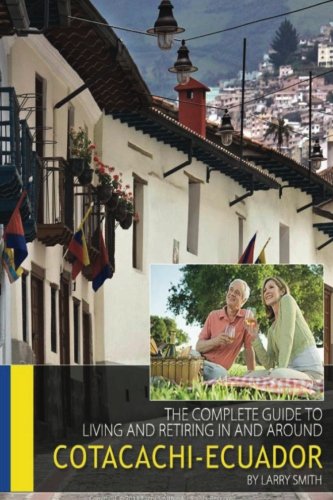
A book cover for The Complete Guide to Living and Retiring In and Around Cotacachi, Ecuador; Larry D. Smith; Travel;